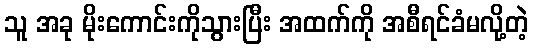
သူ အခု မိုးကောင်းကိုသွားပြီး အထက်ကို အစီရင်ခံမလို့တဲ့